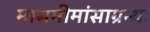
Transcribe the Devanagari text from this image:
मासमीमांसाग्रन्थः